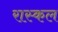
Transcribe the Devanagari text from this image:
रास्कल